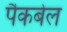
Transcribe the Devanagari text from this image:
पैकबेल